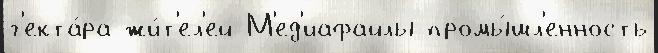
г'екта́ра жи́т'ел'ей М'ед'иафайлы промы́шл'енность